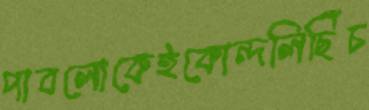
পাবলোকেইকোন্দলিছিঁচ